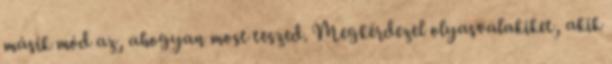
másik mód az, ahogyan most teszed. Megkérdezel olyasvalakiket, akik